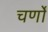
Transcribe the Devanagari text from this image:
चर्णों